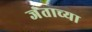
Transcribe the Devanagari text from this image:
जंताच्या